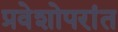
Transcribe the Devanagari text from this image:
प्रवेशोपरांत